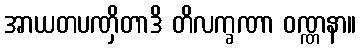
အာယတပဏှိတာဒိ တိလက္ခဏာ ဝဏ္ဏနာ။